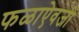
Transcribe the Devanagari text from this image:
फळाऐवजी